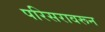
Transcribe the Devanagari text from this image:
परिसरावरून